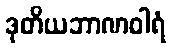
ဒုတိယဘာဏဝါရံ